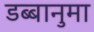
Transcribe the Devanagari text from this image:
डब्बानुमा